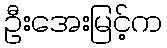
ဦးအေးမြင့်က